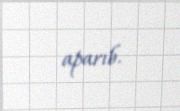
aparıb.